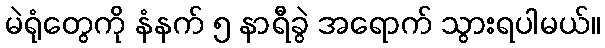
မဲရုံတွေကို နံနက် ၅ နာရီခွဲ အရောက် သွားရပါမယ်။